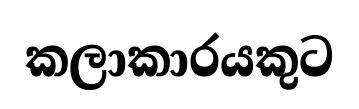
කලාකාරයකුට